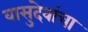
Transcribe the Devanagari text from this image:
वासुदेवांचा